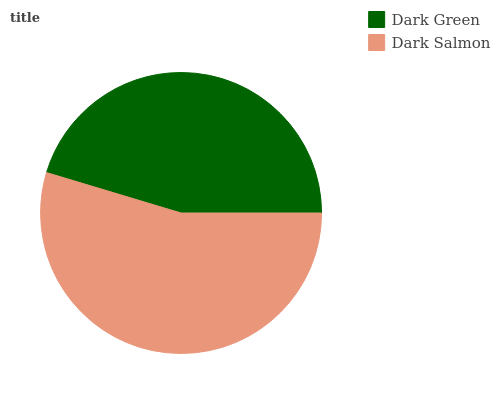
| Dark Green | Dark Salmon |
 | --- | --- |
 | 45.4% | 54.6% |